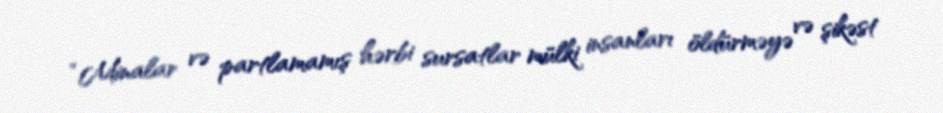
“Minalar və partlamamış hərbi sursatlar mülki insanları öldürməyə və şikəst